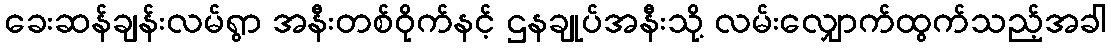
ခေးဆန်ချန်းလမ်ရွာ အနီးတစ်ဝိုက်နင့် ဌနချုပ်အနီးသို့ လမ်းလျှောက်ထွက်သည့်အခါ